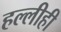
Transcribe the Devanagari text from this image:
हल्लीही